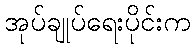
အုပ်ချုပ်ရေးပိုင်းက